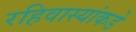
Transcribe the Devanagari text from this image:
रहिवास्यांकडे